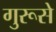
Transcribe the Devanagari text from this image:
गुरूसे